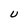
Character: U